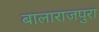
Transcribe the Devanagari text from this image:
बालाराजपुरा